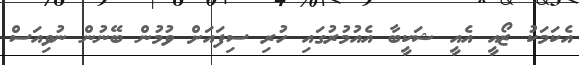
އެކަމަކު ޒޯއީ އެއީ ޝަކީބާ އެއުމުރުގައި ހުރި ސިފައަށް ވުމުން ބޭނުން ނުވިއަސް